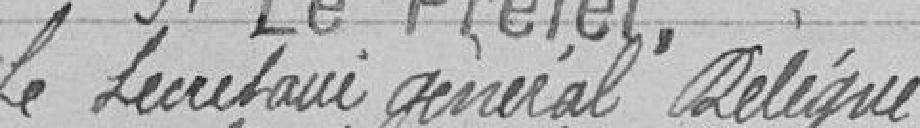
Le Secrétaire général délégué